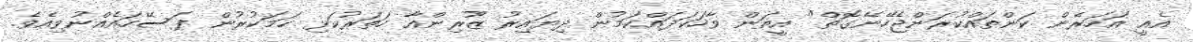
އެއީ އަހަރެން ކަންތައްކުރަންޖެހޭނޭގޮތް" އީތަން ވާހަކަދައްކަމުން ދިޔައިރު ޒޫރިންއާ ހަތަރުކަޅި ހަމަކުރުން ފަސޭހައެއްނުވިއެވެ.